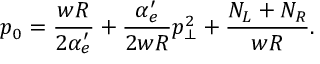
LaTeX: p _ { 0 } = \frac { w R } { 2 \alpha _ { e } ^ { \prime } } + \frac { \alpha _ { e } ^ { \prime } } { 2 w R } p _ { \perp } ^ { 2 } + \frac { N _ { L } + N _ { R } } { w R } .